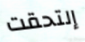
إلتحقت